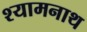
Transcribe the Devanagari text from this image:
श्यामनाथ